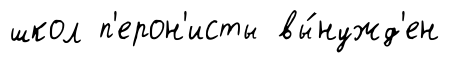
школ п'ерон'исты вы́нужд'ен